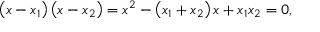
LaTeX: \left( x - x _ { 1 } \right) \left( x - x _ { 2 } \right) = x ^ { 2 } - \left( x _ { 1 } + x _ { 2 } \right) x + x _ { 1 } x _ { 2 } = 0 ,